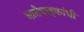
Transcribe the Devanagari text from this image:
नातेवाइकांची